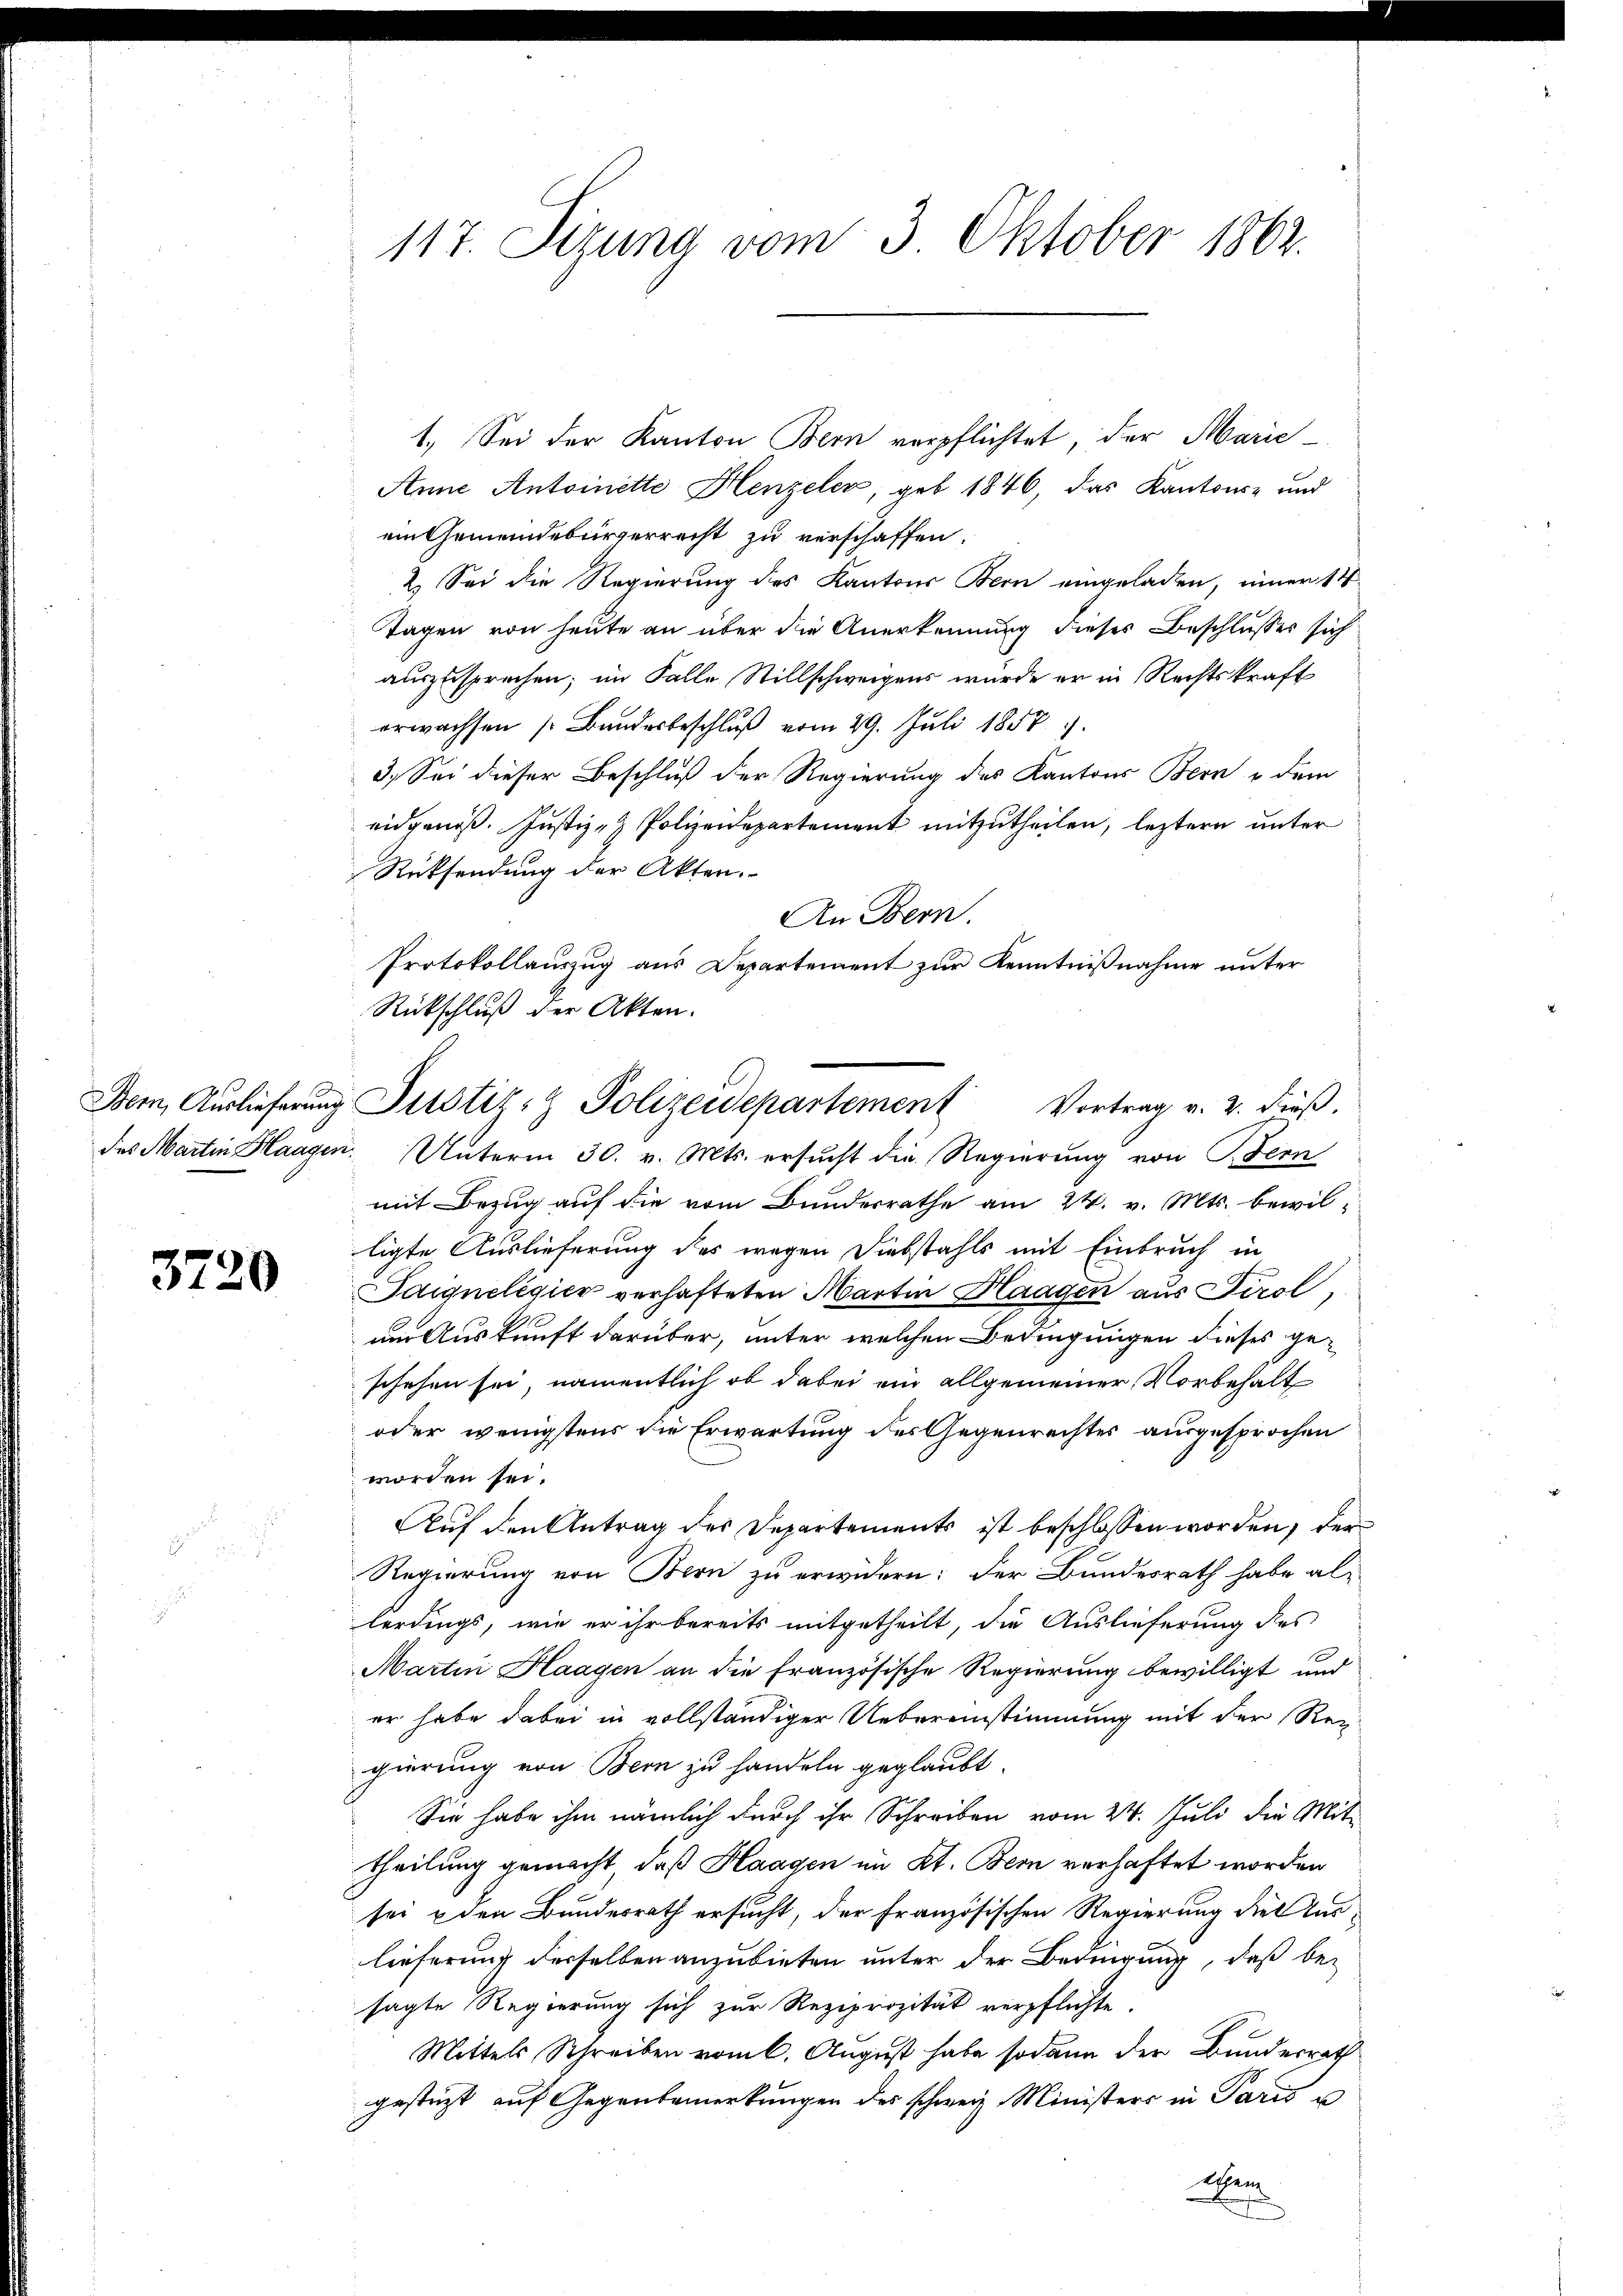
3720

117. Sizung vom 3. Oktober 1862.

1. Sei der Kanton Bern verpflichtet, der Marie¬
Anne Antoinette Henzeler, geb. 1846, das Kantons- und
ein Gemeindebürgerreist zu verschaffen.
2. Sei die Regierung des Kantons Bern eingeladen, inner 14.
Tagen von heute an über die Anerkennung dieses Beschlusses sich
auszusprechen; im Falle Stillschweigens wurde er in Rechtskraft
erwachsen (Bandesbeschlŭβ vom 29. Juli 1858
3.) Sei dieser Beschluß der Regierung des Kantons Bern & dem
eidgenöß. Justiz- & Polizeidepartement mitzutheilen, leztern unter
Rücksendung der Akten.
An Bern.
Protokollauszug aus Departement zur Kenntnißnahme unter
Rückschluß der Akten.
des Martin Haagen. Unterm 30. v. Mts. ersucht die Regierung von Bern
mit Bezug auf die vom Bundesrathe am 24. v. Mts. bewilligte Auslieferung des wegen Diebstahls mit Einbruch in
Idigneligier verhafteten Martin Haagen aus Tirol,
ni Auskunft darüber, unter welchen Bedingungen dieses geschehen sei, namentlich ob dabei ein allgemeiner Vorbehalt
oder wenigstens die Erwartung des Gegenrechtes ausgesprochen
worden sei.
Auf den Antrag des Departements ist beschlossen worden, der
Regierung von Bern zu erwidern: der Bundesrath habe allerdings, wie er ihr bereits mitgetheilt, die Auslieferung des
Martin Haagen an die französische Regierung bewilligt und
er habe dabei in vollständiger Uebereinstimmung mit der Reg
gierung von Bern zu handeln geglaubt.
Sie habe ihm nämlich durch ihr Schreiben vom 24. Juli die Mit-
theilung gemacht, daß Haagen im Kt. Bern verhaftet worden
sei den Bundesrath ersucht, der Französischen Regierung dies Auslieferung derselben anzubieten unter der Bedingung, daß be-
sagte Regierung sich zur Reziprozität verpflichte.
Mittels Schreiben vom 6. August habe sodann der Bunderweit
gestützt auf Gegenbemerkungen des schweiz Ministers in Paris u
Achen
u

Bem, Auslieferung Justiz- & Polizeidepartement Vortrag v. 2. dieß.